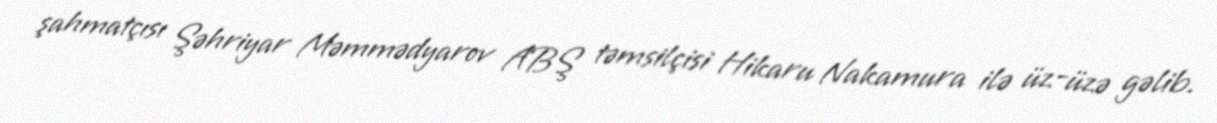
şahmatçısı Şəhriyar Məmmədyarov ABŞ təmsilçisi Hikaru Nakamura ilə üz-üzə gəlib.